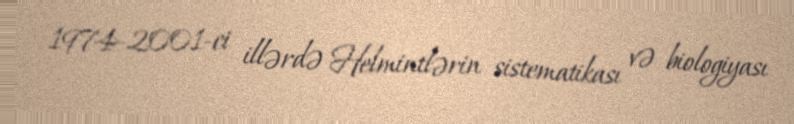
1974-2001-ci illərdə Helmintlərin sistematikası və biologiyası